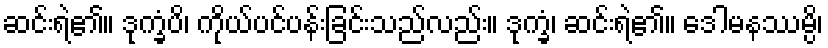
ဆင်းရဲ၏။ ဒုက္ခံပိ၊ ကိုယ်ပင်ပန်းခြင်းသည်လည်း။ ဒုက္ခံ၊ ဆင်းရဲ၏။ ဒေါမနဿမ္ပိ၊